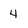
Character: 4